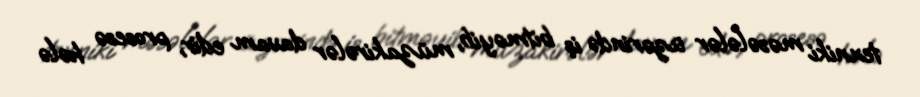
texniki məsələlər üzərində iş bitməyib, müzakirələr davam edir, prosesə hələ